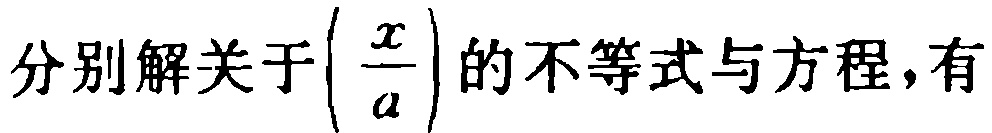
分别解关于\(\left(\frac{x}{a}\right)\)的不等式与方程，有